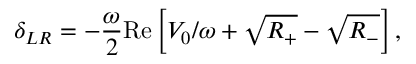
\delta _ { L R } = - \frac { \omega } { 2 } \mathrm { R e } \left[ V _ { 0 } / \omega + \sqrt { R _ { + } } - \sqrt { R _ { - } } \right] ,